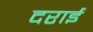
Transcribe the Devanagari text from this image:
दराई